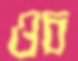
ওচ